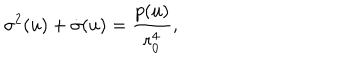
\sigma ^ { 2 } ( u ) + \dot { \sigma } ( u ) = \frac { p ( u ) } { r _ { 0 } ^ { 4 } } ,